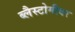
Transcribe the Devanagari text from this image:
ब्लैस्टोमीयर